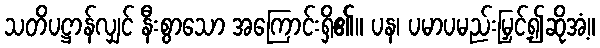
သတိပဋ္ဌာန်လျှင် နီးစွာသော အကြောင်းရှိ၏။ ပန၊ ပမာပမည်းမြှင့်၍ဆိုအံ့။